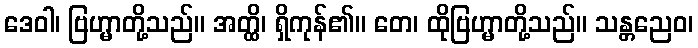
ဒေဝါ၊ ဗြဟ္မာတို့သည်။ အတ္ထိ၊ ရှိကုန်၏။ တေ၊ ထိုဗြဟ္မာတို့သည်။ သန္တညေဝ၊